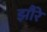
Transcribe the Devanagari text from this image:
झौरे